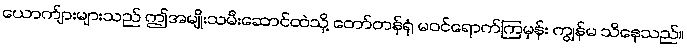
ယောက်ျားများသည် ဤအမျိုးသမီးဆောင်ထဲသို့ တော်တန်ရုံ မဝင်ရောက်ကြမှန်း ကျွန်မ သိနေသည်။